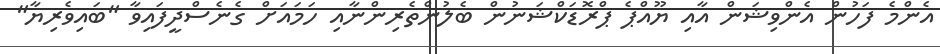
އެންމެ ފަހުން އެންވިޝަން އާއި ޔޫއްޕެ ޕްރޮޑަކްޝަނުން ބެލުންތެރިންނާއި ހަމައަށް ގެނެސްދީފައިވާ "ބައިވެރިޔާ"